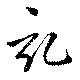
記